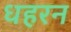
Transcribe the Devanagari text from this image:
धहरन